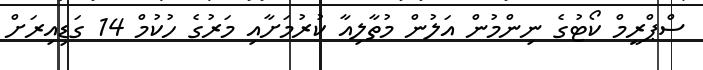
ސްޕްރީމް ކޯޓުގެ ނިންމުން އަލުން މުތާލިއާ ކުރުމަށާއި މަރުގެ ހުކުމް 14 ގަޑިއިރަށް